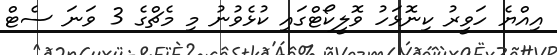
އިއްޔެ ހަވީރު ކިނޮޅަހު ވޮލީކޯޓްގައި ކުޅެވުނު މި މެޗްގެ 3 ވަނަ ސެޓް